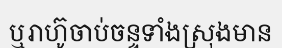
ឬរាហ៊ូចាប់ចន្ទទាំងស្រុងមាន